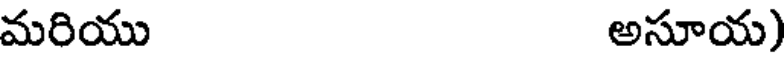
మరియు అసూయ)